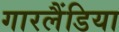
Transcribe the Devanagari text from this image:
गारलैंडिया